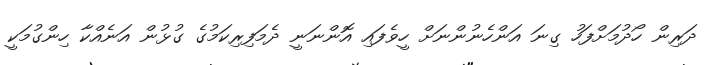
ދަރިން ހޯދުމަށްފަހު ގިނަ އަންހެނުންނަށް ހީވެފައި އޮންނަނީ ދެމަފިރިކަމުގެ ގުޅުން އަނެއްކާ ހިންގުމަކީ